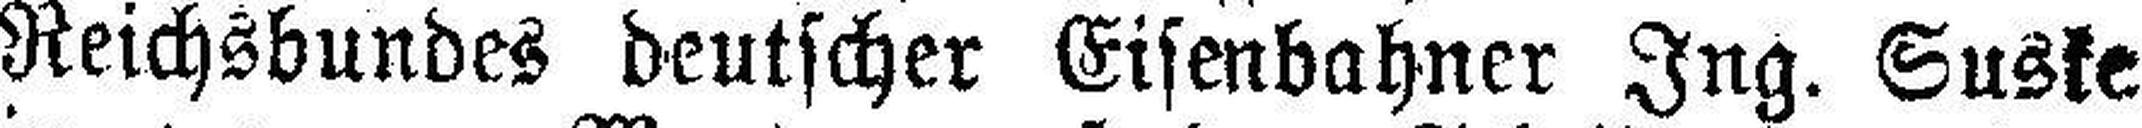
Reichsbundes deutscher Eisenbahner Ing. Suske